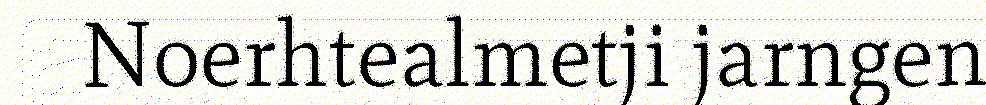
Noerhtealmetji jarngen